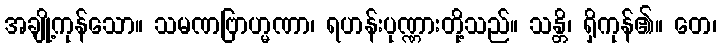
အချို့ကုန်သော။ သမဏဗြာဟ္မဏာ၊ ရဟန်းပုဏ္ဏားတို့သည်။ သန္တိ၊ ရှိကုန်၏။ တေ၊